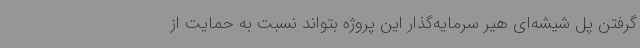
گرفتن پل شیشه‌ای هیر سرمایه‌گذار این پروژه بتواند نسبت به حمایت از